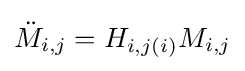
{\ddot {M}}_{i,j}=H_{i,j(i)}M_{i,j}